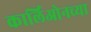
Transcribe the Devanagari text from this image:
कार्लिओनच्या